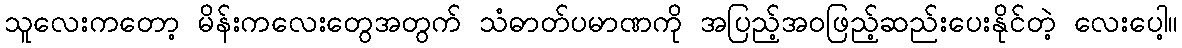
သူလေးကတော့ မိန်းကလေးတွေအတွက် သံဓာတ်ပမာဏကို အပြည့်အဝဖြည့်ဆည်းပေးနိုင်တဲ့ လေးပေါ့။